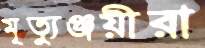
মৃত্যুঞ্জয়ীরা